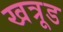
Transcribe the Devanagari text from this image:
खत्रूड